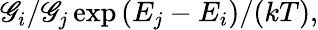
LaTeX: \mathscr{G}_{i}/\mathscr{G}_{j}\exp{(E_{j}-E_{i})/(kT)},